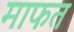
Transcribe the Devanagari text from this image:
माफत